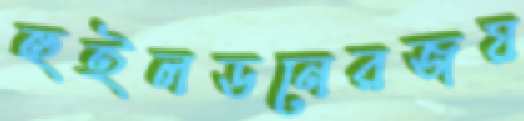
হুইলডনেরজয়